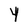
Character: Y